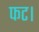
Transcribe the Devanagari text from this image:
फट।